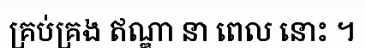
គ្រប់គ្រង ឥណ្ឌា នា ពេល នោះ ។